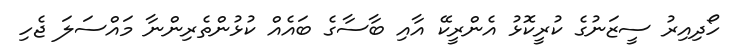
ހޯދިއިރު ސީޒަނުގެ ކުރީކޮޅު އެންރީކޭ އާއި ބާސާގެ ބައެއް ކުޅުންތެރިންނާ މައްސަލަ ޖެހި